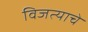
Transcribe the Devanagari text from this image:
विजत्याचे